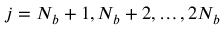
j = N _ { b } + 1 , N _ { b } + 2 , \dots , 2 N _ { b }